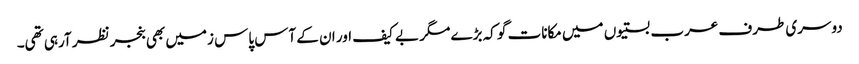
دوسری طرف عرب بستیوں میں مکانات گو کہ بڑے مگر بے کیف اور ان کے آس پاس زمیں بھی بنجر نظر آرہی تھی۔